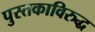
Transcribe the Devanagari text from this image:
पुस्तकाविरुद्ध